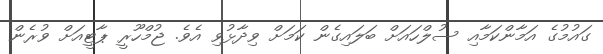
ގައުމުގެ އަމާންކަމާއި ސުލްހައަށް ބަލައިގެން ކަމަށް ވިދާޅުވި އެވެ. ޖުމްހޫރީ ޕާޓީއަށް ވުރެން